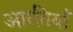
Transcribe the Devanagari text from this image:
आरतियाँ